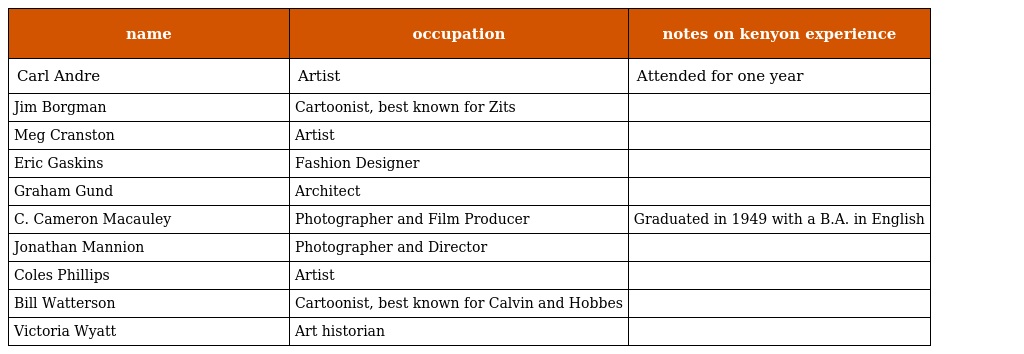
| name | occupation | notes on kenyon experience |
 | --- | --- | --- |
 | Carl Andre | Artist | Attended for one year |
 | Jim Borgman | Cartoonist, best known for Zits |  |
 | Meg Cranston | Artist |  |
 | Eric Gaskins | Fashion Designer |  |
 | Graham Gund | Architect |  |
 | C. Cameron Macauley | Photographer and Film Producer | Graduated in 1949 with a B.A. in English |
 | Jonathan Mannion | Photographer and Director |  |
 | Coles Phillips | Artist |  |
 | Bill Watterson | Cartoonist, best known for Calvin and Hobbes |  |
 | Victoria Wyatt | Art historian |  |